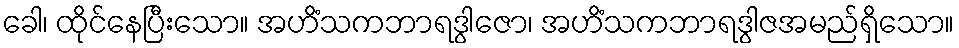
ခေါ၊ ထိုင်နေပြီးသော။ အဟိံသကဘာရဒွါဇော၊ အဟိံသကဘာရဒွါဇအမည်ရှိသော။